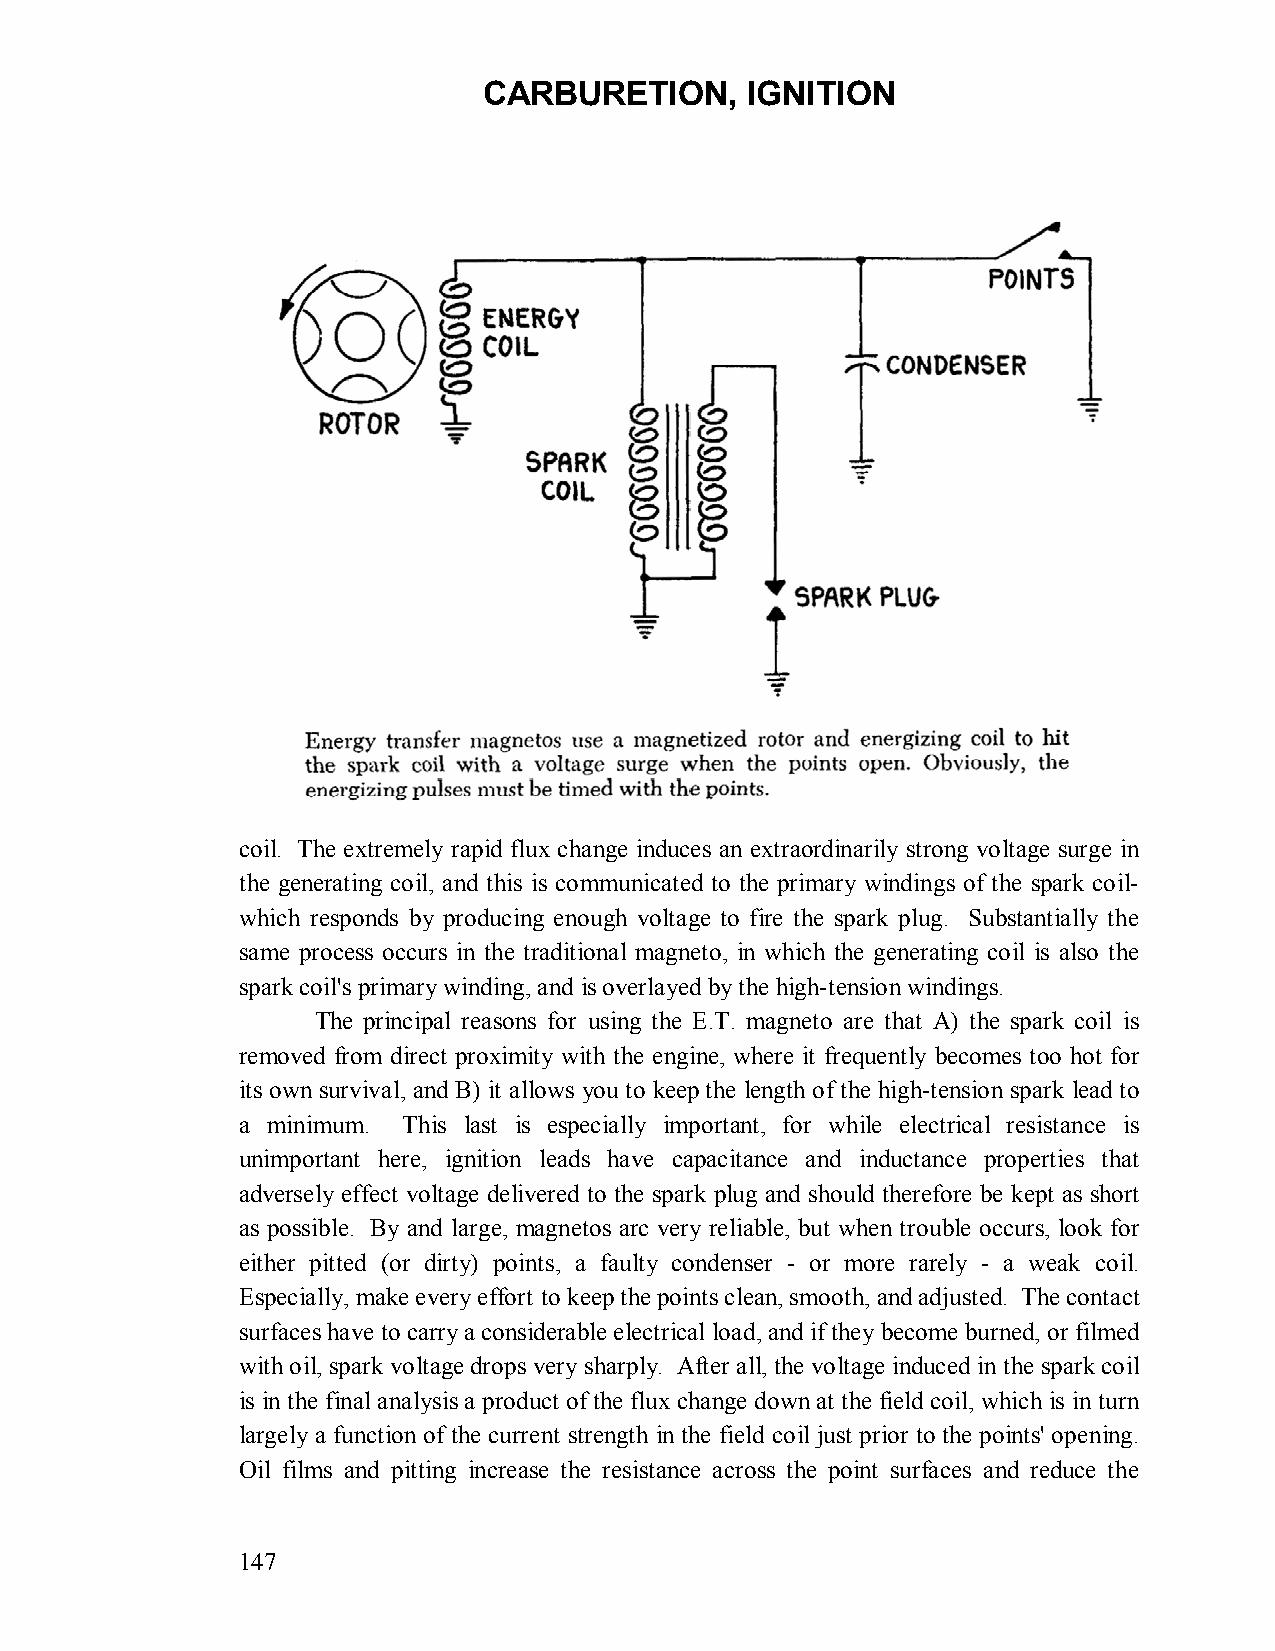
CARBURETION,     IGNITION
 coil. The extremely rapid flux change induces an extraordinarily strong voltage surge in
 the generating coil, and this is communicated to the primary windings of the spark coil-
 which responds by producing enough voltage to fire the spark plug. Substantially the
 same process occurs in the traditional magneto, in which the generating coil is also the
 spark coil's primary winding, and is overlayed by the high-tension windings.
 The principal reasons for using the E.T. magneto are that A) the spark coil is
 removed from direct proximity with the engine, where it frequently becomes too hot for
 its own survival, and B) it allows you to keep the length of the high-tension spark lead to
 a minimum. This last is especially important, for while electrical resistance is
 unimportant here, ignition leads have capacitance and inductance properties that
 adversely effect voltage delivered to the spark plug and should therefore be kept as short
 as possible. By and large, magnetos arc very reliable, but when trouble occurs, look for
 either pitted (or dirty) points, a faulty condenser - or more rarely - a weak coil.
 Especially, make every effort to keep the points clean, smooth, and adjusted. The contact
 surfaces have to carry a considerable electrical load, and if they become burned, or filmed
 with oil, spark voltage drops very sharply. After all, the voltage induced in the spark coil
 is in the final analysis a product of the flux change down at the field coil, which is in turn
 largely a function of the current strength in the field coil just prior to the points' opening.
 Oil films and pitting increase the resistance across the point surfaces and reduce the
 147